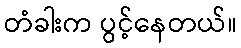
တံခါးက ပွင့်နေတယ်။